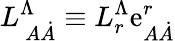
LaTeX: L_{\ A\dot{A}}^{\Lambda}\equiv L_{r}^{\Lambda}\mathrm{e}_{A\dot{A}}^{r}